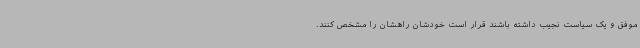
موفق و یک سیاست نجیب داشته باشند قرار است خودشان راهشان را مشخص کنند.